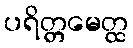
ပရိတ္တမေတ္ထ